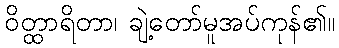
ဝိတ္ထာရိတာ၊ ချဲ့တော်မူအပ်ကုန်၏။